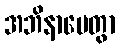
အဘိနာမေတွာ